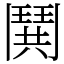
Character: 鬨